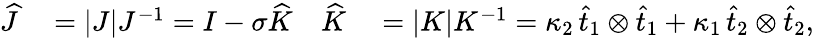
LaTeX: \begin{array}{rlrl}{\widehat{J}}&{{}=|J|J^{-1}=I-\sigma\widehat{K}}&{\widehat{K}}&{{}=|K|K^{-1}=\kappa_{2}\, \widehat{t}_{1}\otimes\widehat{t}_{1}+\kappa_{1}\, \widehat{t}_{2}\otimes\widehat{t}_{2},}\end{array}